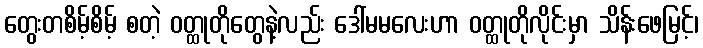
တွေးတစိမ့်စိမ့် စတဲ့ ဝတ္ထုတိုတွေနဲ့လည်း ဒေါ်မမလေးဟာ ဝတ္ထုတိုလိုင်းမှာ သိန်းဖေမြင့်၊